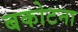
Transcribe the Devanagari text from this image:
बकोटना